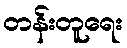
တန်းတူရေး